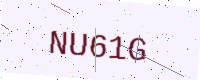
Text: NU61G